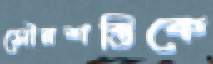
সৌরশক্তিকে